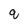
Character: q